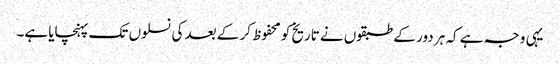
یہی وجہ ہے کہ ہر دور کے طبقوں نے تاریخ کو محفوظ کر کے بعد کی نسلوں تک پہنچایا ہے۔